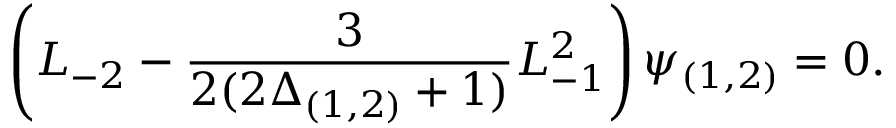
\left( L _ { - 2 } - \frac { 3 } { 2 ( 2 \Delta _ { ( 1 , 2 ) } + 1 ) } L _ { - 1 } ^ { 2 } \right) \psi _ { ( 1 , 2 ) } = 0 .